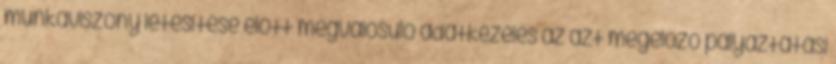
munkaviszony létesítése előtt megvalósuló adatkezelés az azt megelőző pályáztatási